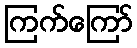
ကြက်ကြော်